Indian journal of veterinary science and animal husbandry - Volumes 28-29, 1958-1959
Year: 1958
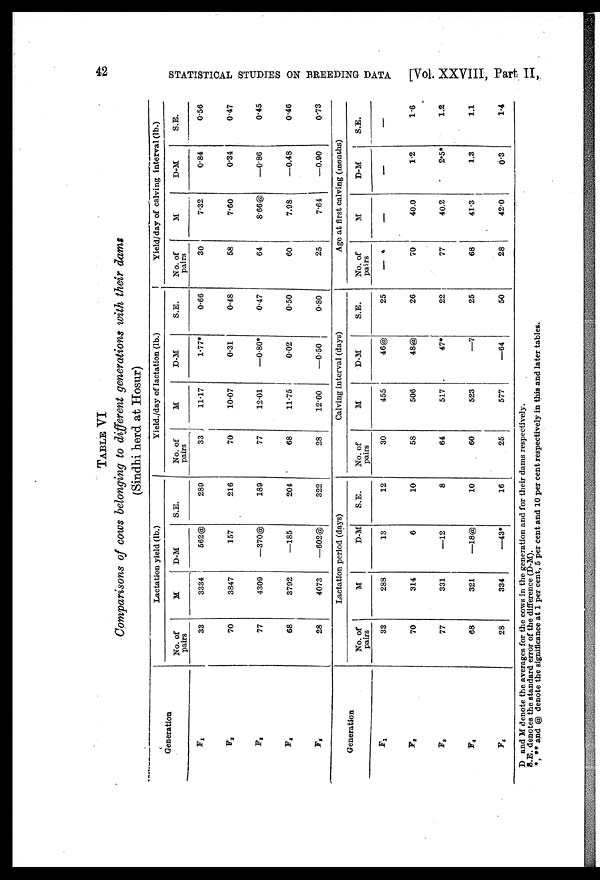
42
STATISTICAL STUDIES ON BREEDING DATA [Vol. XXVIII, Part II,
TABLE VI
Comparisons of cows belonging to different generations with their dams
(Sindhi herd at Hosur)
Generation
F1
F 2
F 3
F4
F 5
Generation
F 1
F 2
F 3
F 4
F 5
Lactation yield (lb.)
No. of
pairs
33
70
77
68
28
M
3334
3847
4309
3792
4073
D-M
562@
157
—370@
—185
—602@
S.E.
289
216
189
204
322
Lactation period (days)
No. of
pairs
33
70
77
68
28
M
288
314
331
321
334
D-M
13
6
—12
—18@
—43*
S.E.
12
10
8
10
16
Yield./day of lactation (lb.)
No. of
pairs
33
70
77
68
28
M
11.17
10.07
12.01
11.75
12.00
D-M
1.77*
0.31
—0.80*
0.02
—0.50
S.E.
0.66
0.48
0.47
0.50
0.80
Calving interval (days)
No. of
pairs
30
58
64
60
25
M
455
506
517
523
577
D-M
46@
48@
47*
—7
—64
S.E.
25
26
22
25
50
Yield/day of calving interval (lb.)
No. of
pairs
30
58
64
60
25
M
7.32
7.60
8.66@
7.98
7.64
D-M
0.84
0.34
—0.86
—0.48
—0.90
S.E.
0.56
0.47
0.45
0.46
0.73
Age at first calving (months)
No. of
pairs
—
70
77
68
28
M
—
40.0
40.2
41.3
42.0
D-M
—
1.2
2.5*
1.3
0.3
S.E.
—
1.6
1.2
1.1
1.4
D and M denote the averages for the cows in the generation and for their dams respectively.
S.E. denotes the standard error of the difference (D-M).
*, ** and @ denote the significance at 1 per cent, 5 per cent and 10 per cent respectively in this and later tables.